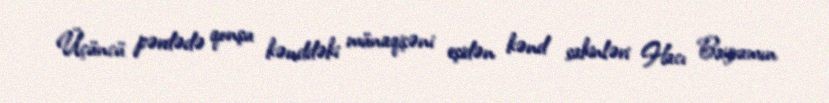
Üçüncü pərdədə qonşu kənddəki münaqişəni eşidən kənd sakinləri Hacı Bayramın